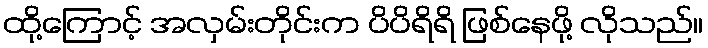
ထို့ကြောင့် အလှမ်းတိုင်းက ပိပိရိရိ ဖြစ်နေဖို့ လိုသည်။